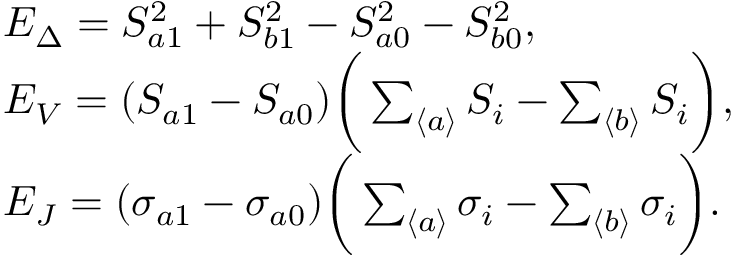
\begin{array} { r l } & { E _ { \Delta } = S _ { a 1 } ^ { 2 } + S _ { b 1 } ^ { 2 } - S _ { a 0 } ^ { 2 } - S _ { b 0 } ^ { 2 } , } \\ & { E _ { V } = ( S _ { a 1 } - S _ { a 0 } ) \bigg ( \sum _ { \langle a \rangle } S _ { i } - \sum _ { \langle b \rangle } S _ { i } \bigg ) , } \\ & { E _ { J } = ( \sigma _ { a 1 } - \sigma _ { a 0 } ) \bigg ( \sum _ { \langle a \rangle } \sigma _ { i } - \sum _ { \langle b \rangle } \sigma _ { i } \bigg ) . } \end{array}